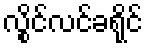
လွိုင်လင်ခရိုင်